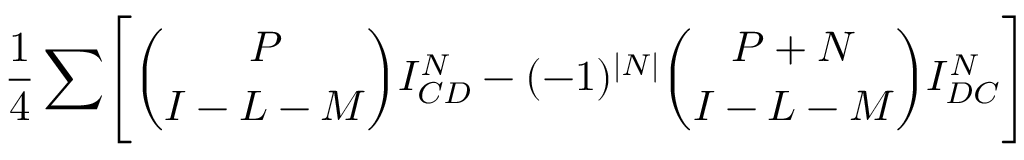
{ \frac { 1 } { 4 } } \sum \Biggl [ { \binom { P } { I - L - M } } I _ { C D } ^ { N } - ( - 1 ) ^ { \vert N \vert } { \binom { P + N } { I - L - M } } I _ { D C } ^ { N } \Biggr ]